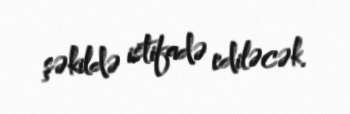
şəkildə istifadə ediləcək.